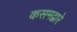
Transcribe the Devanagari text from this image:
कसमद्वारे